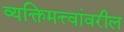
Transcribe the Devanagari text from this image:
व्यक्तिमत्त्वांवरील